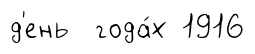
д'ень года́х 1916